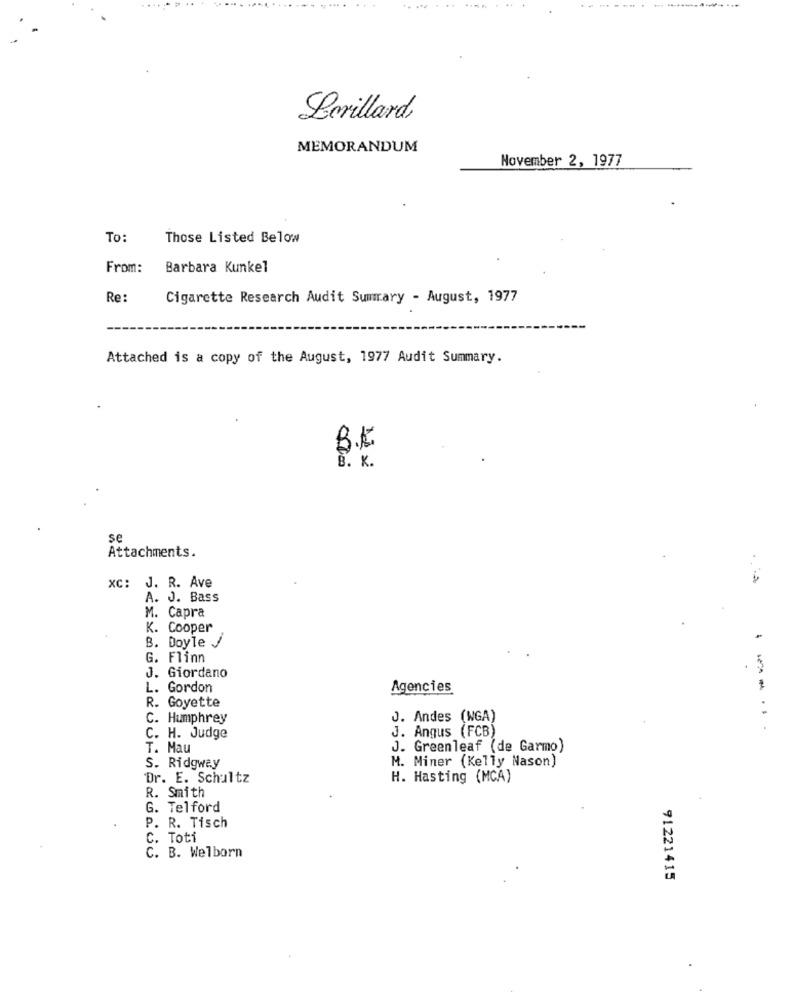
..........
.....
Bevillard,
MEMORANDUM
November 2, 1977
To:
Those Listed Below
From:
Barbara Kunkel
Re:
Cigarette Research Audit Summary - August, 1977
Attached is a copy of the August, 1977 Audit Summary.
BE
B. K.
se
Attachments.
XC: J. R. Ave
A. J. Bass
M. Capra
K. Cooper
B. Doyle /
G. Flinn
J. Giordano
L. Gordon
Agencies
R. Goyette
C. Humphrey
J. Andes (NGA)
J. Angus (FCB)
----
C. H. Judge
T. Mau
J. Greenleaf (de Garmo)
S. Ridgway
M. Miner (Kelly Nason)
Dr. E. Schultz
H. Hasting (MCA)
R. Smith
G. Telford
P. R. Tisch
C. Toti
C. B. Welborn
91221415